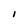
Character: I